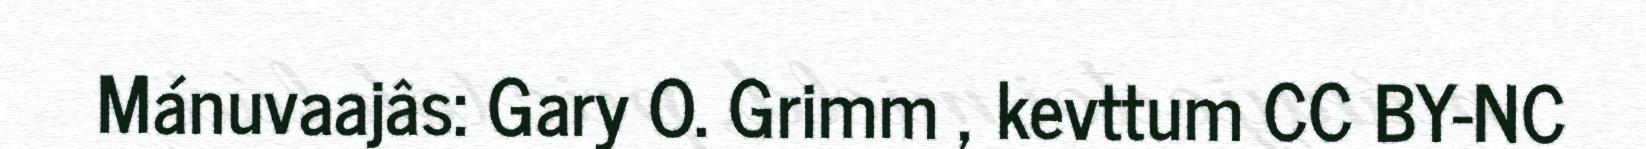
Mánuvaajâs: Gary O. Grimm , kevttum CC BY-NC